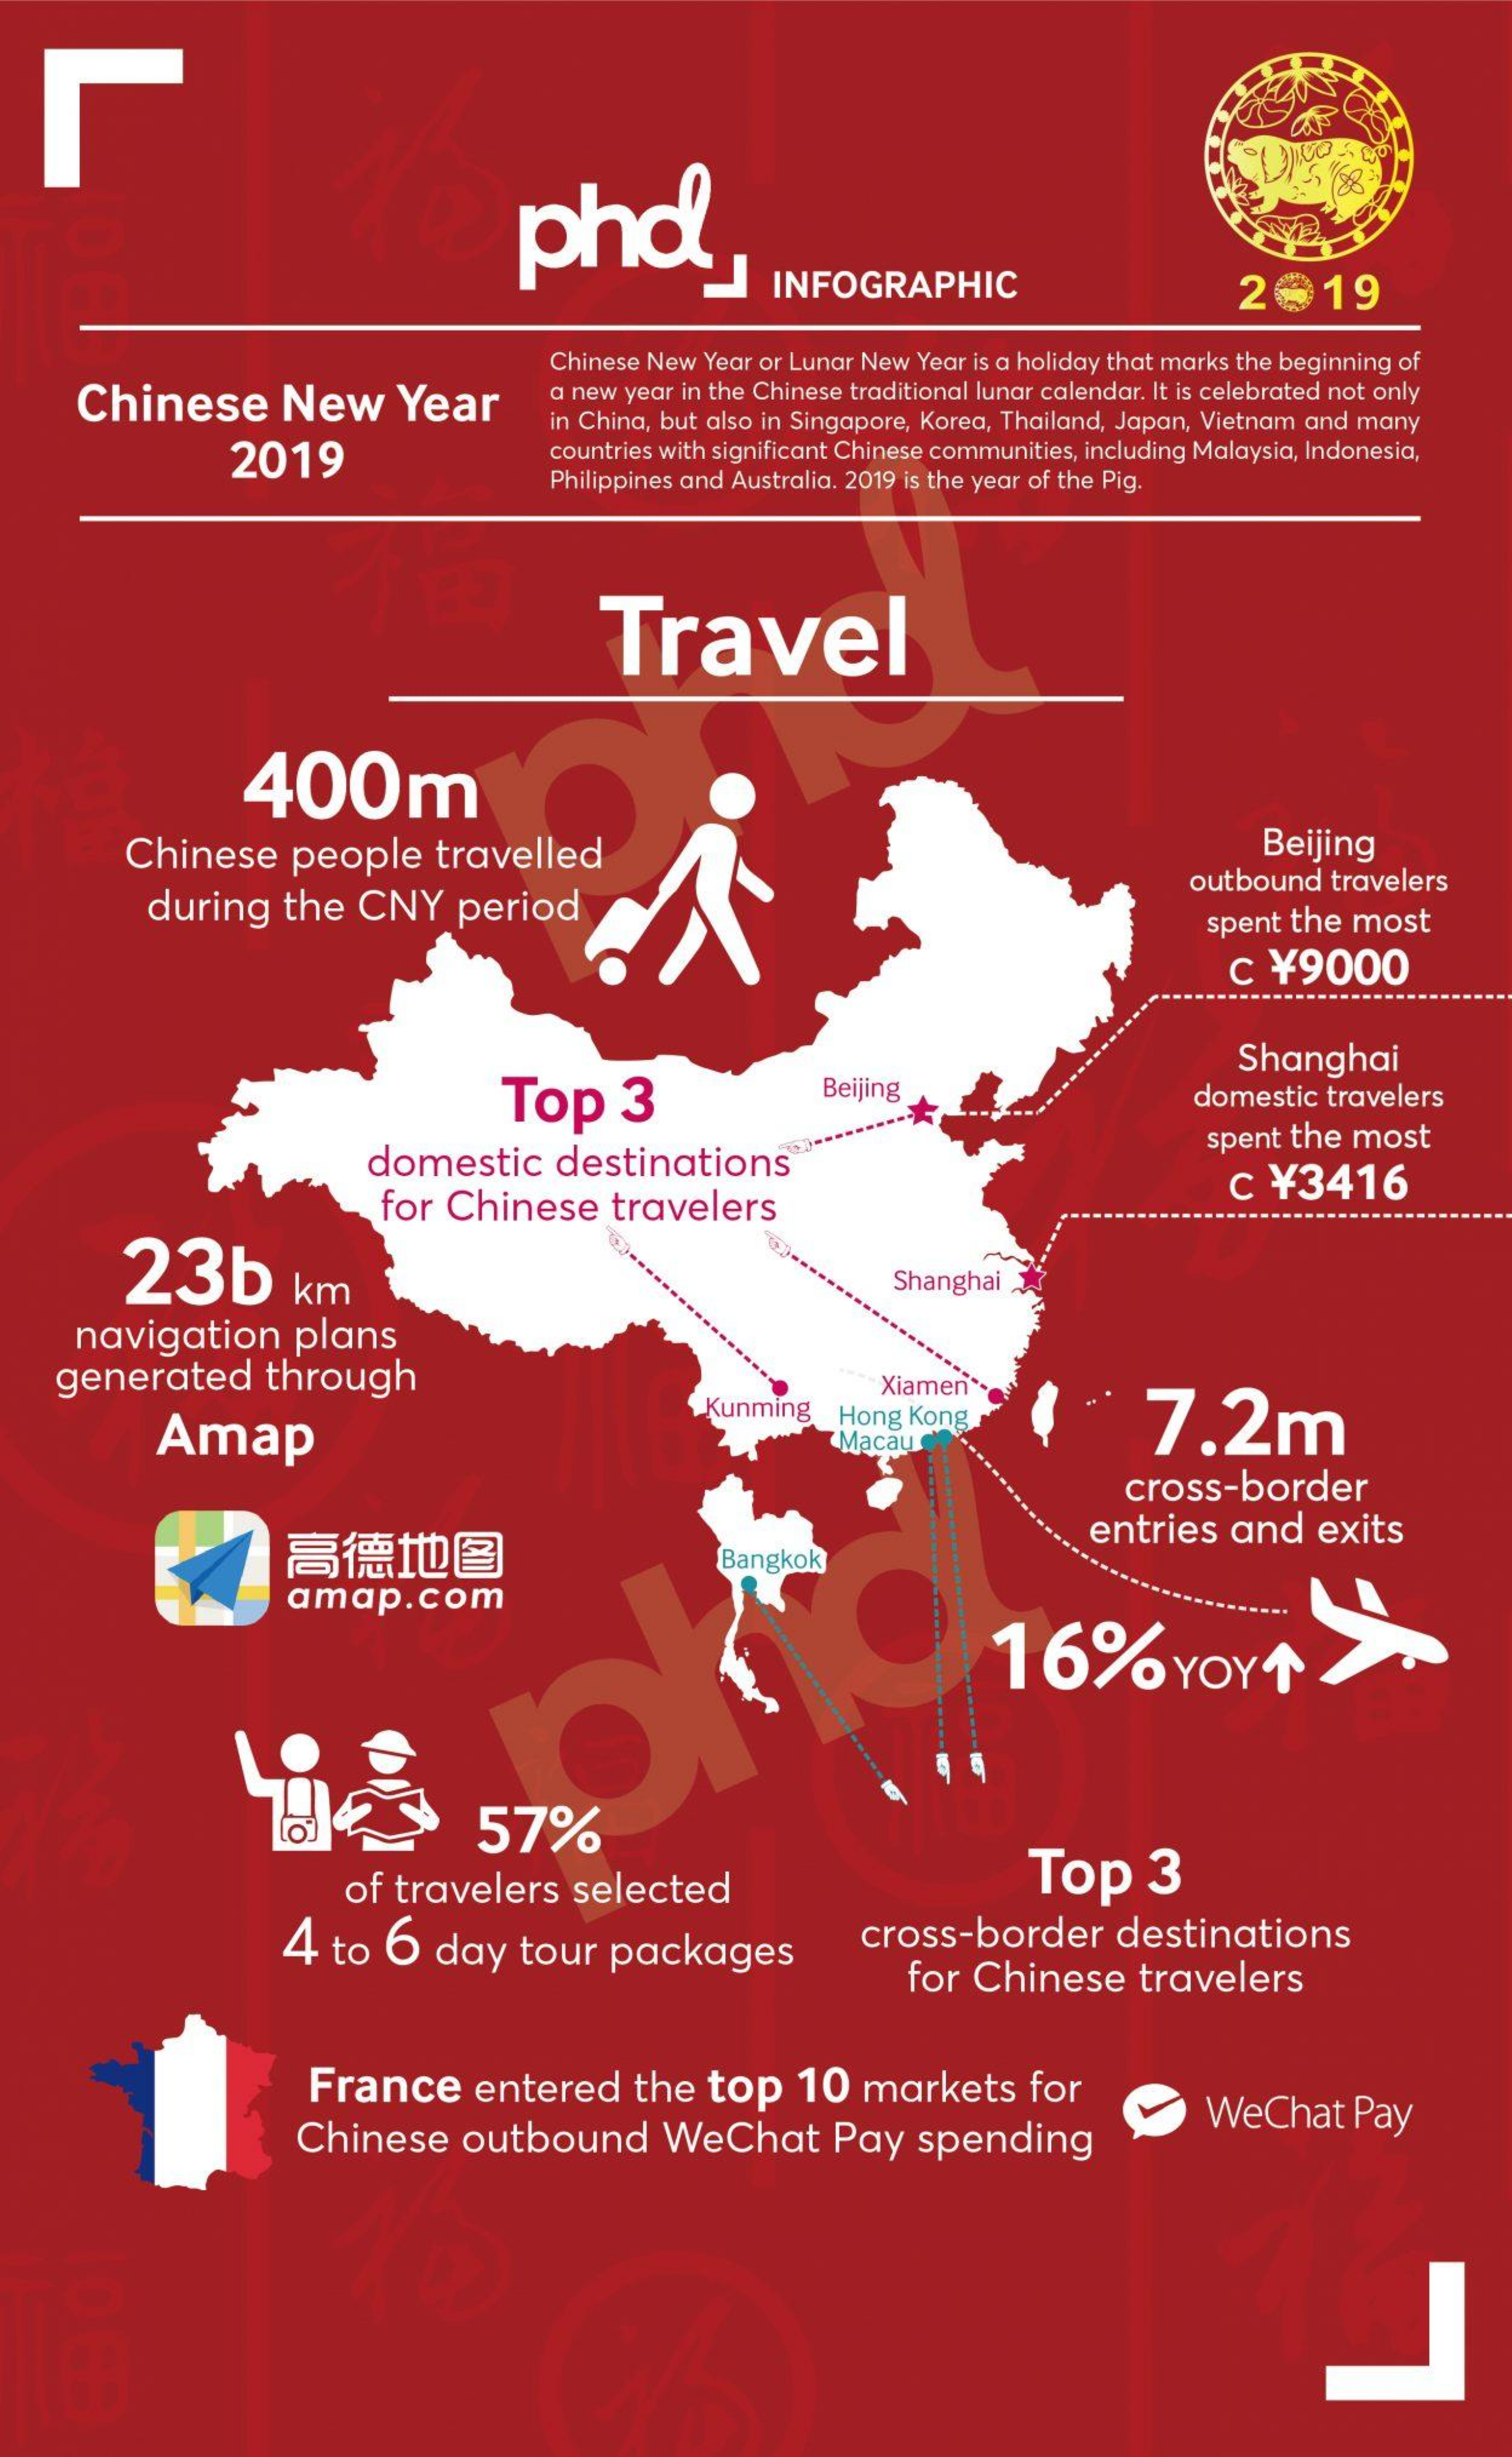
phd
     INFOGRAPHIC    2    19
     Chinese New Year or Lunar New Year is a holiday that marks the beginning of
     Chinese    New    Year    a new year in the Chinese traditional lunar calendar. It is celebrated not only
     in China, but also in Singapore, Korea, Thailand, Japan, Vietnam and many
     2019    countries with significant Chinese communities, including Malaysia, Indonesia,
     Philippines and Australia. 2019 is the year of the Pig.
     Travel
     400m
     Chinese  people   travelled    Beijing
     during  the CNY   period
     outbound travelers
     spent the most
     c ¥9000
     Top    3
     Shanghai
     Beijing    domestic travelers
     domestic   destinations
     spent the most
     for Chinese  travelers
     c ¥3416
     23b    km    Shanghai
     navigation  plans
    generated   through
     Amap
     Kunming
     Xiamen
     Hong Kong    7.2m
     Macau
     cross-border
     高  德  地  圖
     entries and  exits
     Bangkok
     amap.com
     16%    YOY   1
     57%
     of travelers selected    Top    3
     4 to  6  day  tour packages    cross-border   destinations
     for Chinese  travelers
     France    entered   the top   10 markets   for
     Chinese  outbound    WeChat    Pay  spending
     WeChat  Pay